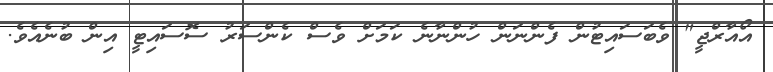
އޯއާރްޖީ" ވެބަސައިޓުން ފެންނަން ހުންނާނެ ކަމަށް ވެސް ކެންސަރު ސޮސައިޓީ އިން ބުނެއެވެ.